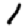
Digit: 1